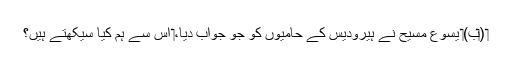
‏ (‏ب)‏ یسوع مسیح نے ہیرودیس کے حامیوں کو جو جواب دیا،‏ اُس سے ہم کیا سیکھتے ہیں؟